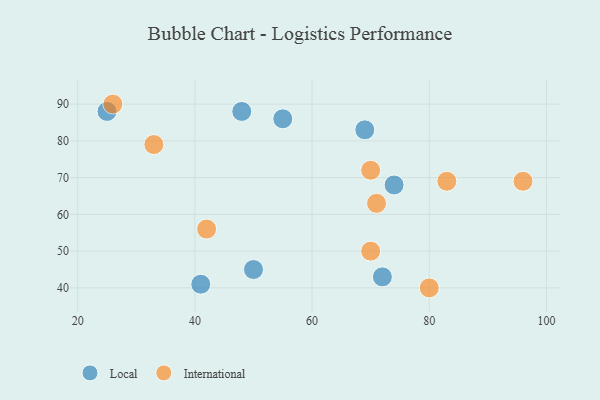
{"axis": {"x": "GDP", "y": "Life Expectancy"}, "legend": ["International", "Local"], "data": [{"x": "55", "y": 86, "type": "Local"}, {"x": "74", "y": 68, "type": "Local"}, {"x": "69", "y": 83, "type": "Local"}, {"x": "72", "y": 43, "type": "Local"}, {"x": "41", "y": 41, "type": "Local"}, {"x": "50", "y": 45, "type": "Local"}, {"x": "25", "y": 88, "type": "Local"}, {"x": "48", "y": 88, "type": "Local"}, {"x": "70", "y": 50, "type": "International"}, {"x": "33", "y": 79, "type": "International"}, {"x": "83", "y": 69, "type": "International"}, {"x": "70", "y": 72, "type": "International"}, {"x": "26", "y": 90, "type": "International"}, {"x": "42", "y": 56, "type": "International"}, {"x": "71", "y": 63, "type": "International"}, {"x": "96", "y": 69, "type": "International"}, {"x": "80", "y": 40, "type": "International"}]}